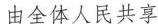
由全体人民共享